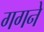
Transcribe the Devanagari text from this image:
गगने